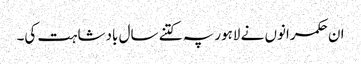
ان حکمرانوں نے لاہور پہ کتنے سال بادشاہت کی۔